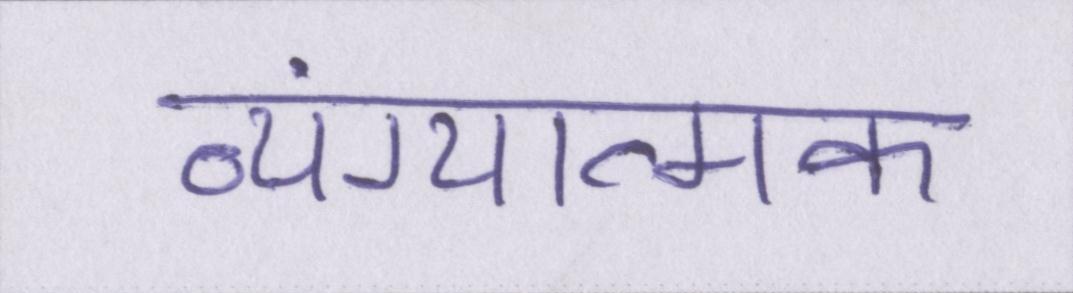
व्यंग्यात्मक